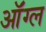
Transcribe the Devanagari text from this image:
ऑंग्ल